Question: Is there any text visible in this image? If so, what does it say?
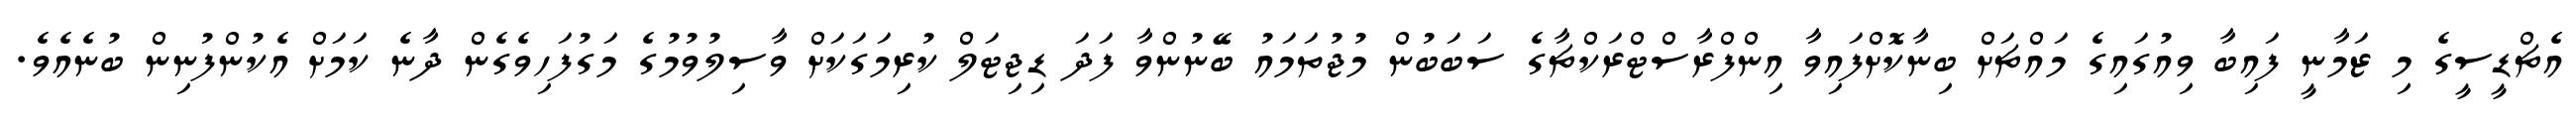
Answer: އެޗްޑީސީގެ މި ޒަމާނީ ފައިބާ ވިއުގައިގެ މައްޗަށް ބިނާކޮށްފައިވާ އިންފްރާސްޓްރަކްޗާގެ ސަބަބުން މުޖުތަމައު ބޭނުންވާ ފަދަ ޑިޖިޓަލް ކުރިމަގަކަށް ވާސިލުވުމުގެ މަގުފަހިވެގެން ދާނެ ކަމަށް އެކުންފުނިން ބުނެއެވެ.